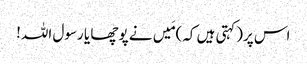
اس پر(کہتی ہیں کہ)مَیں نے پوچھا یا رسول اللہ!